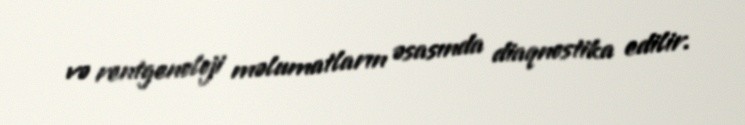
və rentgenoloji məlumatların əsasında diaqnostika edilir.